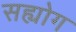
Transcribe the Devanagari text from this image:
सह्योग